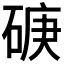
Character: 𥓷